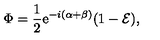
\Phi = \frac { 1 } { 2 } \mathrm { e } ^ { - i ( \alpha + \beta ) } ( 1 - { \cal E } ) ,